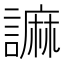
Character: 𧫼